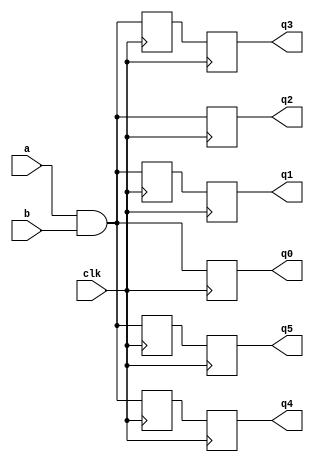
// Listing 7.6
module ab_ff_all
   (
    input wire clk,
    input wire a, b,
    output reg q0, q1, q2, q3, q4, q5
   );

   reg ab0, ab1, ab2, ab3, ab4, ab5;

   //  attempt 0
   always @(posedge clk)
   begin
      ab0 = a & b;
      q0 <= ab0;
   end

   // attempt 1
   always @(posedge clk)
   begin            // ab1$_{entry}$ = ab1; q1$_{entry}$ = q1;
      ab1 <= a & b; // ab1$_{exit}$ = a \& b
      q1 <= ab1;    // q1$_{exit}$ = ab1$_{entry}$
   end              // ab1 = ab1$_{exit}$; q1 = q1$_{exit}$

   // attempt 2
   always @(posedge clk)
   begin
      ab2 = a & b;
      q2 = ab2;

   end

   // attempt 3 (switch the order of attempt 0)
   always @(posedge clk)
   begin
      q3 <= ab3;
      ab3 = a & b;
   end

   // attempt 4 (switch the order of attempt 1)
   always @(posedge clk)
   begin            // ab4$_{entry}$ = ab4; q4$_{entry}$ = q4;
      q4 <= ab4;    // q4$_{exit}$ = ab4$_{entry}$
      ab4 <= a & b; // ab4$_{exit}$ = a \& b
   end              // ab4 = ab4$_{exit}$; q4 = q4$_{exit}$

   // attempt 5 (switch the order of attempt 2)
   always @(posedge clk)
   begin
      q5 = ab5;
      ab5 = a & b;
   end

endmodule